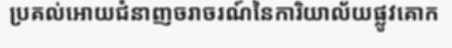
ប្រគល់អោយជំនាញចរាចរណ៍នៃការិយាល័យផ្លូវគោក